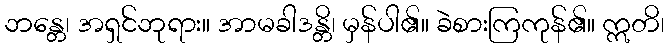
ဘန္တေ၊ အရှင်ဘုရား။ အာမခါဒန္တိ၊ မှန်ပါ၏။ ခဲစားကြကုန်၏။ ဣတိ၊